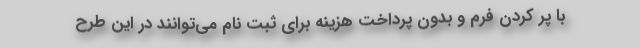
با پر کردن فرم و بدون پرداخت هزینه برای ثبت نام می‌توانند در این طرح